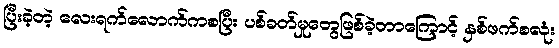
ပြီးခဲ့တဲ့ လေးရက်လောက်ကစပြီး ပစ်ခတ်မှုတွေဖြစ်ခဲ့တာကြောင့် နှစ်ဖက်စလုံး